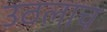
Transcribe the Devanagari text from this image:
उठलाच